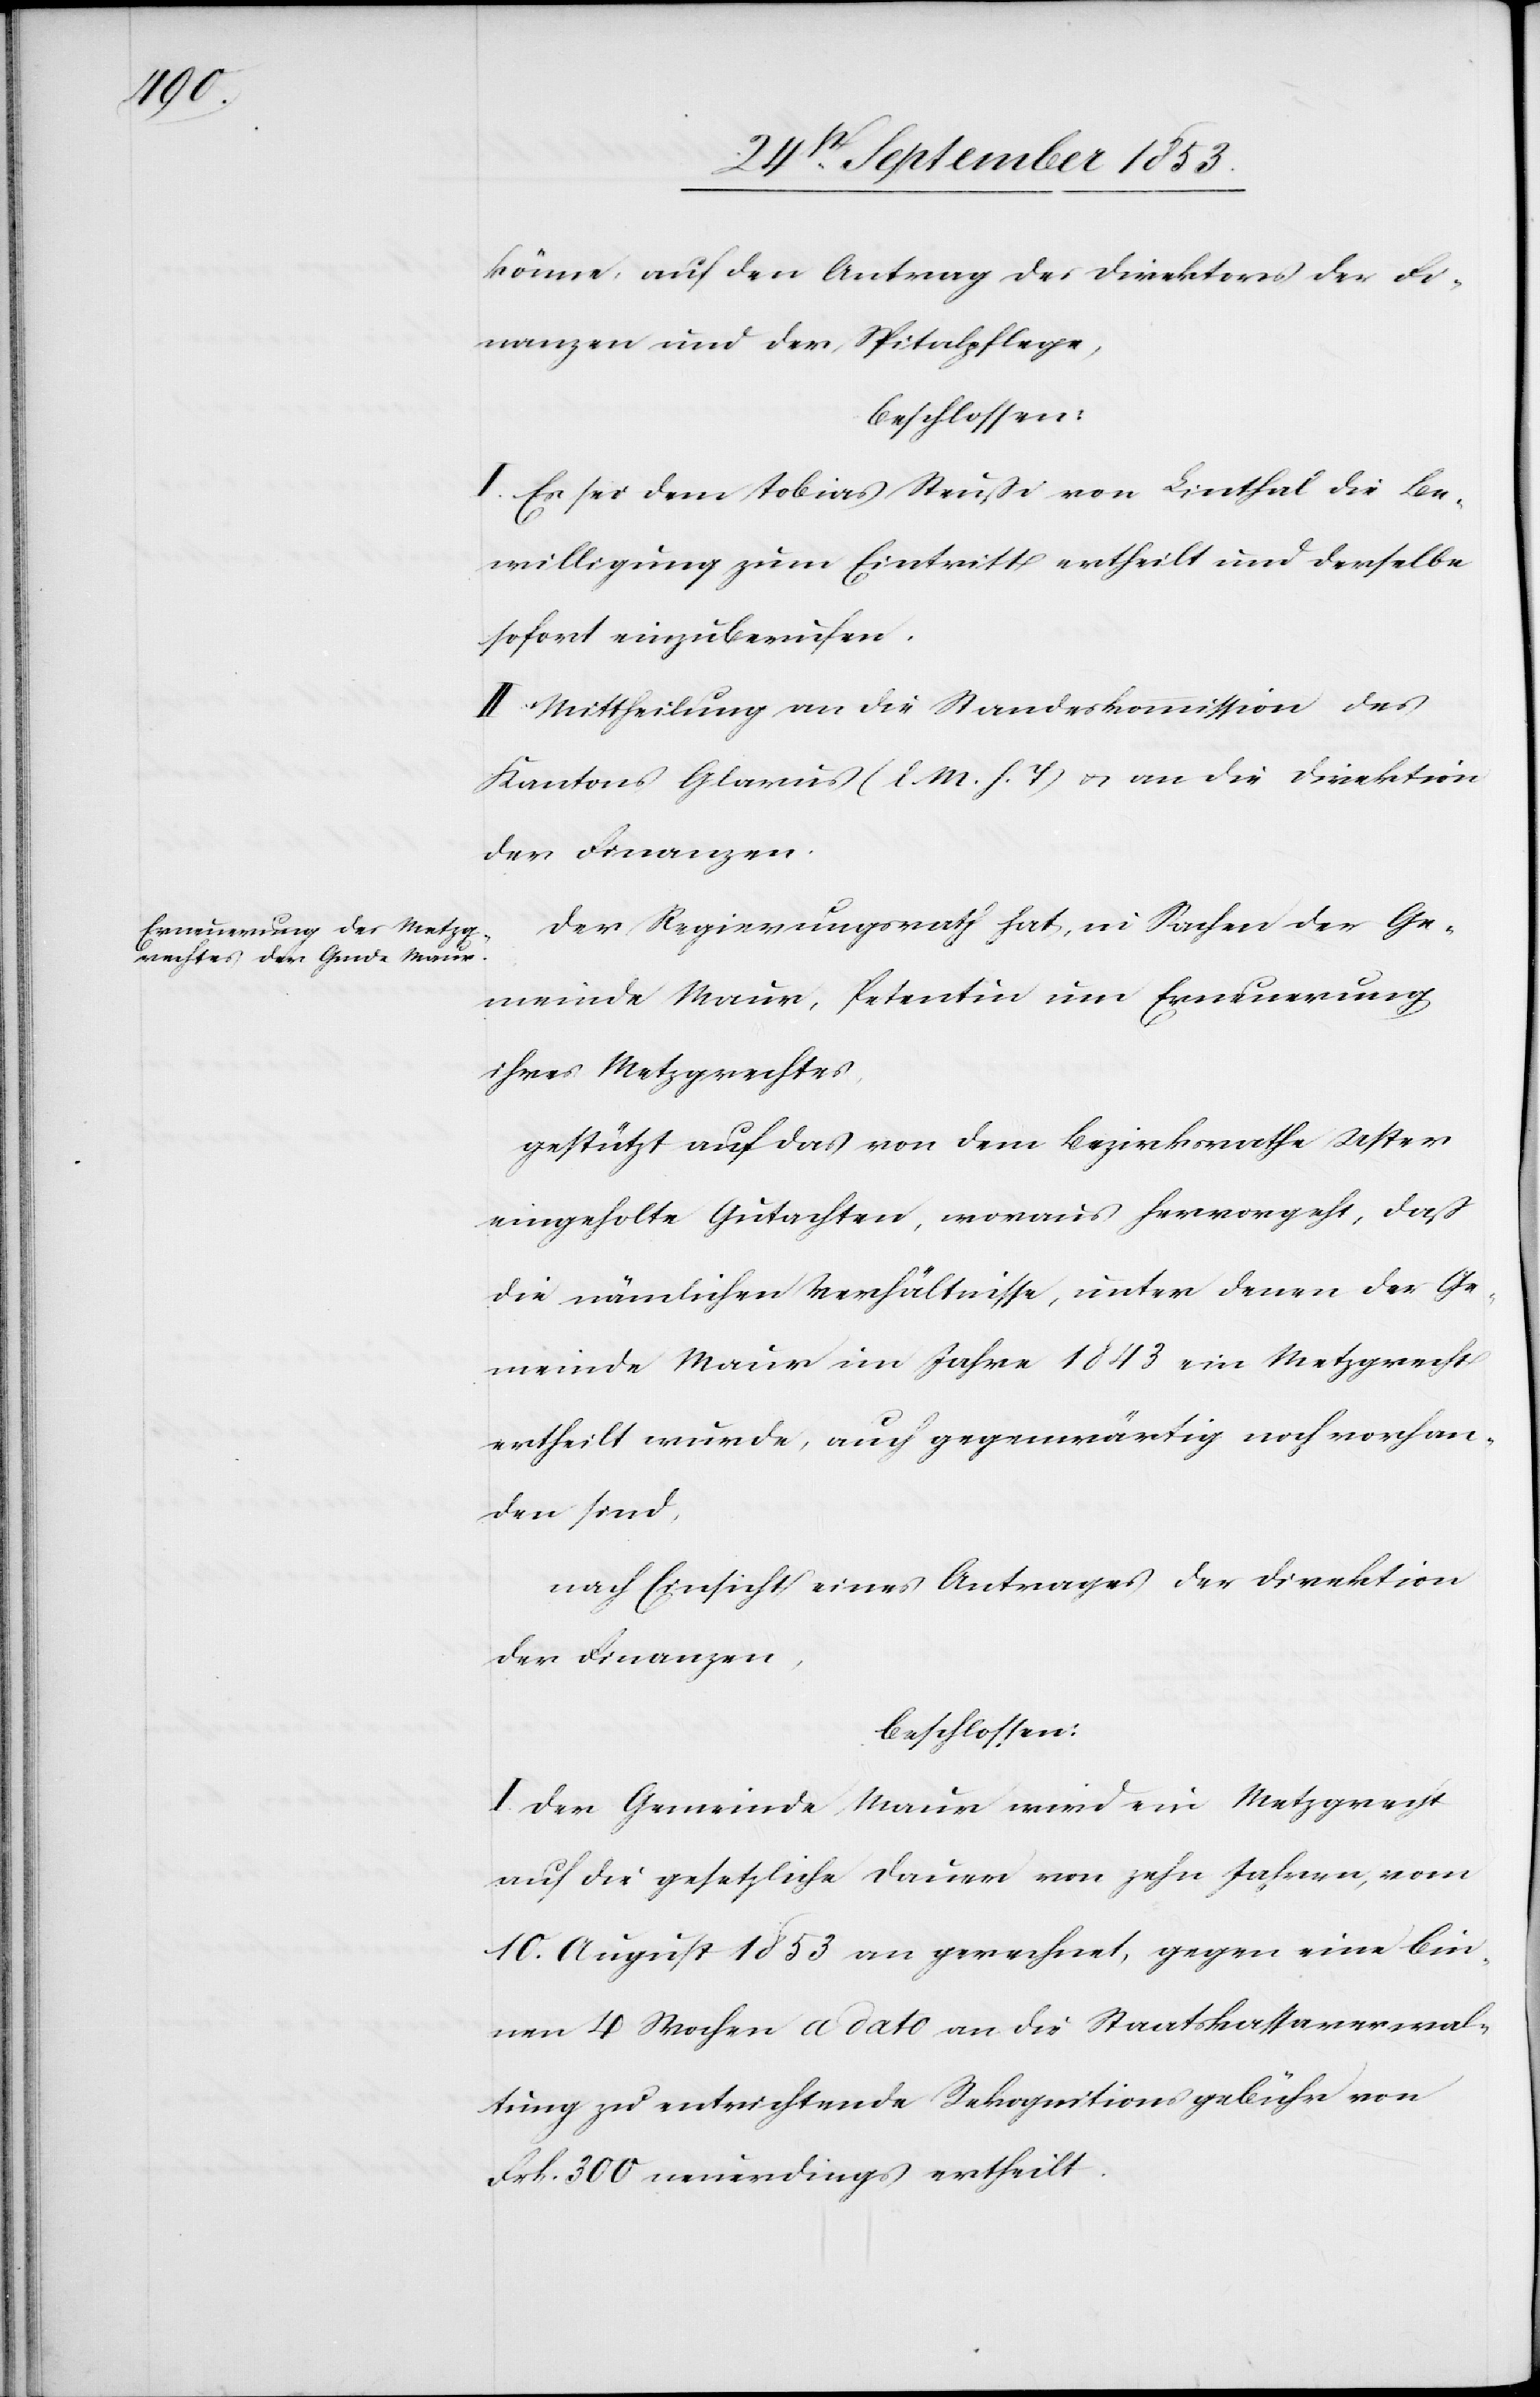
könne, auf den Antrag des Direktors der Fi¬
nanzen und der Spitalpflege,
beschlossen:
I. Es sei dem Tobias Steußi von Linthal die Be¬
willigung zum Eintritt ertheilt und derselbe
sofort einzuberufen.
II. Mittheilung an die Standeskommission des
Kantons Glarus [l. M. h. T] u. an die Direktion
der Finanzen.
Der Regierungsrath hat, in Sachen der Ge¬
meinde Maur, Petentin um Erneuerung
ihres Metzgrechtes,
gestützt auf das von dem Bezirksrathe Uster
eingeholte Gutachten, woraus hervorgehe, daß
die nämlichen Verhältnisse, unter denen der Ge¬
meinde Maur im Jahre 1843 ein Metzgrecht
ertheilt wurde, auch gegenwärtig noch vorhan¬
den sind,
nach Einsicht eines Antrages der Direktion
der Finanzen,
beschlossen:
I. Der Gemeinde Maur wird ein Metzgrecht
auf die gesetzliche Dauer von zehn Jahren vom
10 August 1853 an gerechnet, gegen eine bin¬
nen 4 Wochen a dato an die Staatskassaverwal¬
tung zu entrichtende Rekognitionsgebühr von
Frk. 300 neuerdings ertheilt.